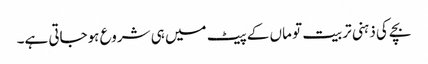
بچے کی ذہنی تربیت تو ماں کے پیٹ میں ہی شروع ہوجاتی ہے۔